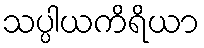
သပ္ပါယကိရိယာ